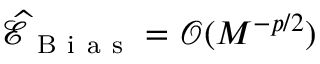
\widehat { \mathcal { E } } _ { \mathrm { ~ B ~ i ~ a ~ s ~ } } = \mathcal { O } ( M ^ { - p / 2 } )